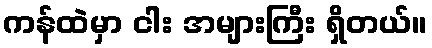
ကန်ထဲမှာ ငါး အများကြီး ရှိတယ်။